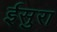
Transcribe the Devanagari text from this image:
ईसुरा